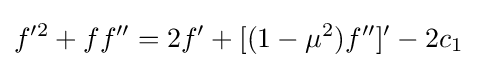
f'^{2}+ff''=2f'+[(1-\mu ^{2})f'']'-2c_{1}